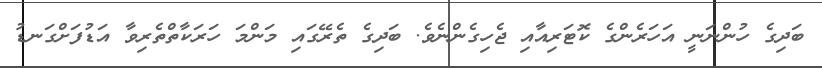
ބަދިގެ ހުންނަނީ އަހަރެންގެ ކޮޓަރިއާއި ޖެހިގެންނެވެ. ބަދިގެ ތެރޭގައި މަންމަ ހަރަކާތްތެރިވާ އަޑުފަށްގަނޑު